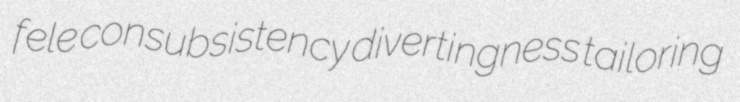
fele consubsistency divertingness tailoring